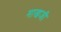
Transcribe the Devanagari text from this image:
माखजी